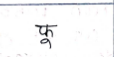
मजकूर: फू